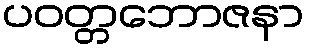
ပဝတ္တဘောဇနာ